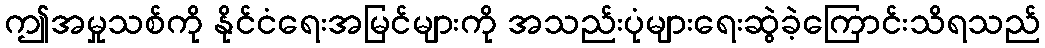
ဤအမှုသစ်ကို နိုင်ငံရေးအမြင်များကို အသည်းပုံများရေးဆွဲခဲ့ကြောင်းသိရသည်